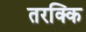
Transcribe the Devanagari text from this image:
तरक्कि